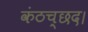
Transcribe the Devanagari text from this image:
कंठच्छद।